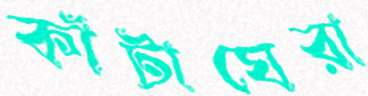
কাঁটাঘেরা